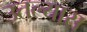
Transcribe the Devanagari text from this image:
उतल्यास